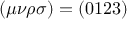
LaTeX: ( \mu \nu \rho \sigma ) = ( 0 1 2 3 )